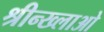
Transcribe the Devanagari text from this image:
श्रीन्ख्लाओ